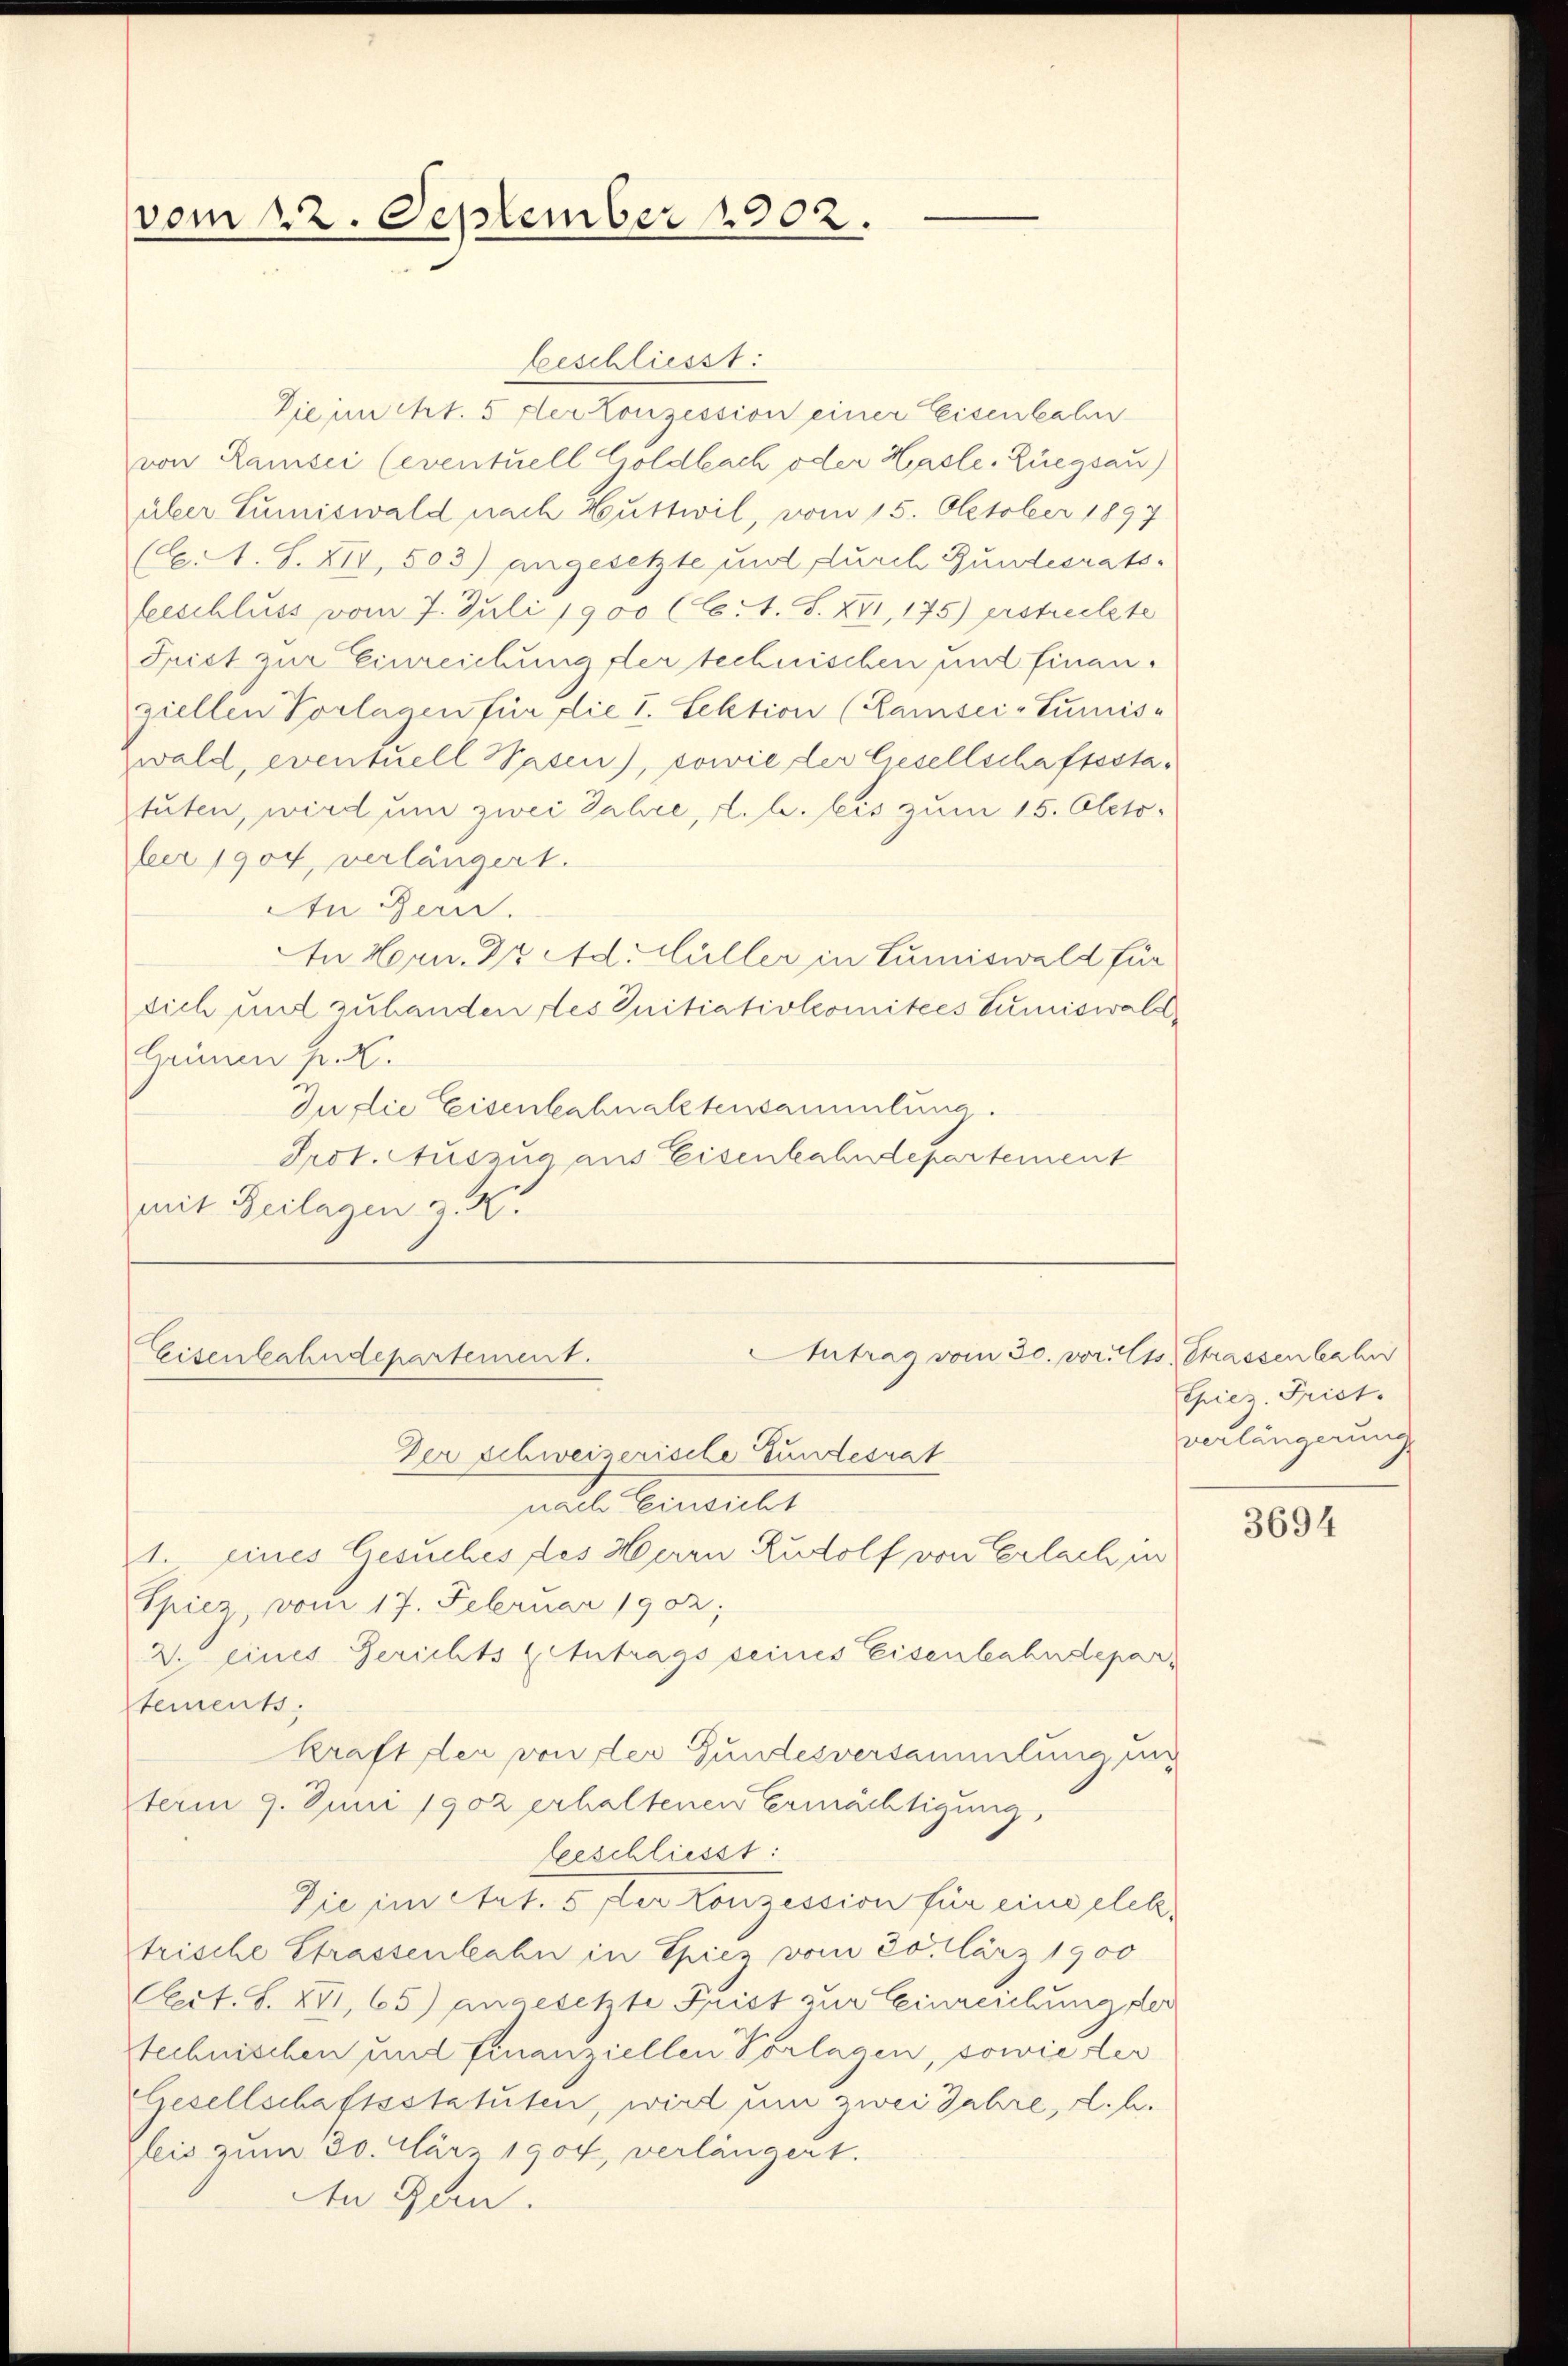
vom 22. September 1902.

beschliesst:
Die im Art. 5 der Konzession einer Eisenbahn
von Ramsei (eventuell Goldbach oder Hasle, Ziegsau)
üler Lumiswald nach Huttwil, vom 15. Oktober 1897
(E.1. S. XII, 503) angesetzte und durch Bundesrats-
feeschluss vom 7. Juli 1900 (Ct. S. XII, 175) erstreckte
Frist zur Einreichung der technischen und finanziellen Vorlagen für die I. Lektion (Kamsci-Sumis-
zwald, eventuell Vasen), sowie der liesellschaftsstatuten, wird um zwei Jahre, d. h. bis zum 15. Oktober 1904 verlängert.
An Bern.
An Horn. Dr. Ad. Müller in Lumiswald für
dich und zuhanden des Initiativkomitees Lumiswald
Heimen pr. K.
In die Eisenbahnaktersammlung.
Prot. Auszug aus Eisenbahndepartement
mit Beilagen z. K.

Der Schweizerische Fundesrat
nach Einsicht
1. eines Gesuches des Herrn Rudolf von Erlach in
Spiez, vom 17. Februar 1902;
2. eines Berichts Antrags seines Eisenbahndeparstements:
kraft der von der Gundesversammlung un
term 9. Juni 1902 erhaltenen Ermächtigung,
beschliesst:
Die im Art. 5 fler Konzession für eine elek
trische Strassenbahn in Spiez vom 20. März 1900
Act. S. XVI,65) angesetzte Frist zur Einreichung der
Stechnischen und finanziellen Vorlagen, sowie der
Gesellschaftsstatuten, wird um zwei Jahre, d. h.
fleis zum 30. März 1904, verlängert.
An Gen.

Eisenbahndepartement.

Antrag vom 30. v. 15. Strassen habe

Spiez. Priet.
verlängerung

3694